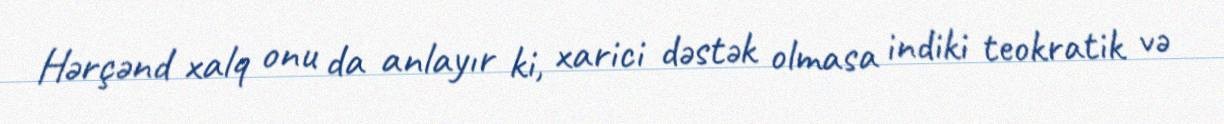
Hərçənd xalq onu da anlayır ki, xarici dəstək olmasa indiki teokratik və